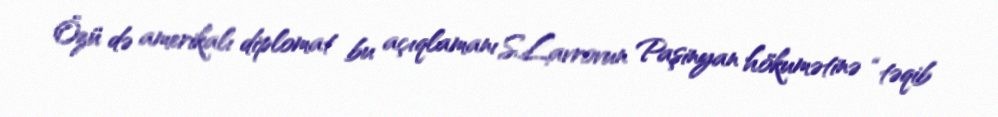
Özü də amerikalı diplomat bu açıqlamanı S.Lavrovun Paşinyan hökumətinə “təqib